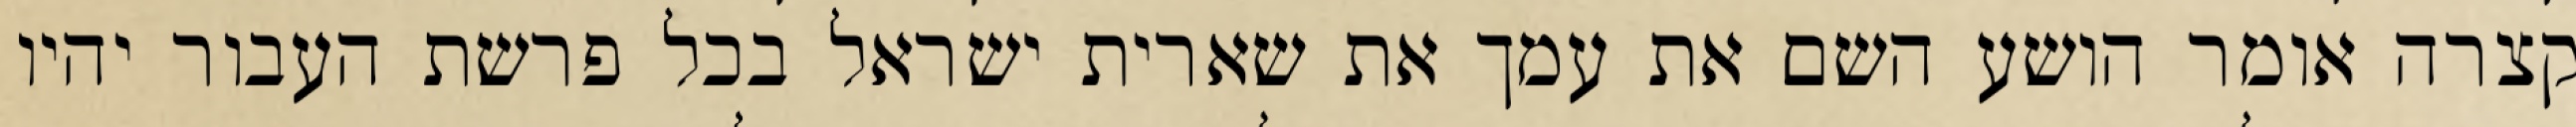
קצרה אומר הושע השם את עמך את שארית ישראל בכל פרשת העבור יהיו